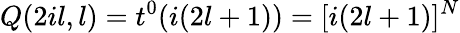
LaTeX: Q(2il,l)=t^{0}(i(2l+1))=[i(2l+1)]^{N}